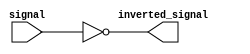
module active_low_buffer (
    input signal,
    output inverted_signal
);

assign inverted_signal = ~signal;

endmodule